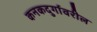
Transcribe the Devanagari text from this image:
कनकदुर्गावरील